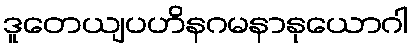
ဒူတေယျပဟိနဂမနာနုယောဂါ